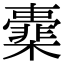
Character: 㰆